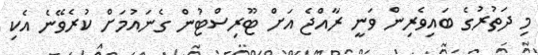
މި ދަތުރުގެ ބައިވެރިން ވަނީ ރާއްޖެ އަށް ޓޫރިސްޓުން ގެނައުމަށް ކުރެވޭނެ އެކި